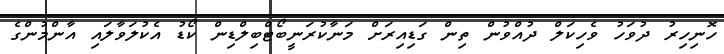
ހޮނިހިރު ދުވަހު ވެހިކަލް ދުއްވުން ތިން ގަޑިއިރަށް މަނާކުރަނީބޯޓްބިލްޑިން ކޯޑު އެކުލަވާލައި އާންމުންގެ